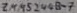
Text: ZMM52844B-7